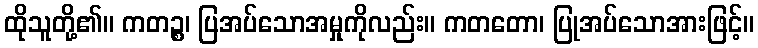
ထိုသူတို့၏။ ကတဉ္စ၊ ပြအပ်သောအမှုကိုလည်း။ ကတတော၊ ပြုအပ်သောအားဖြင့်။